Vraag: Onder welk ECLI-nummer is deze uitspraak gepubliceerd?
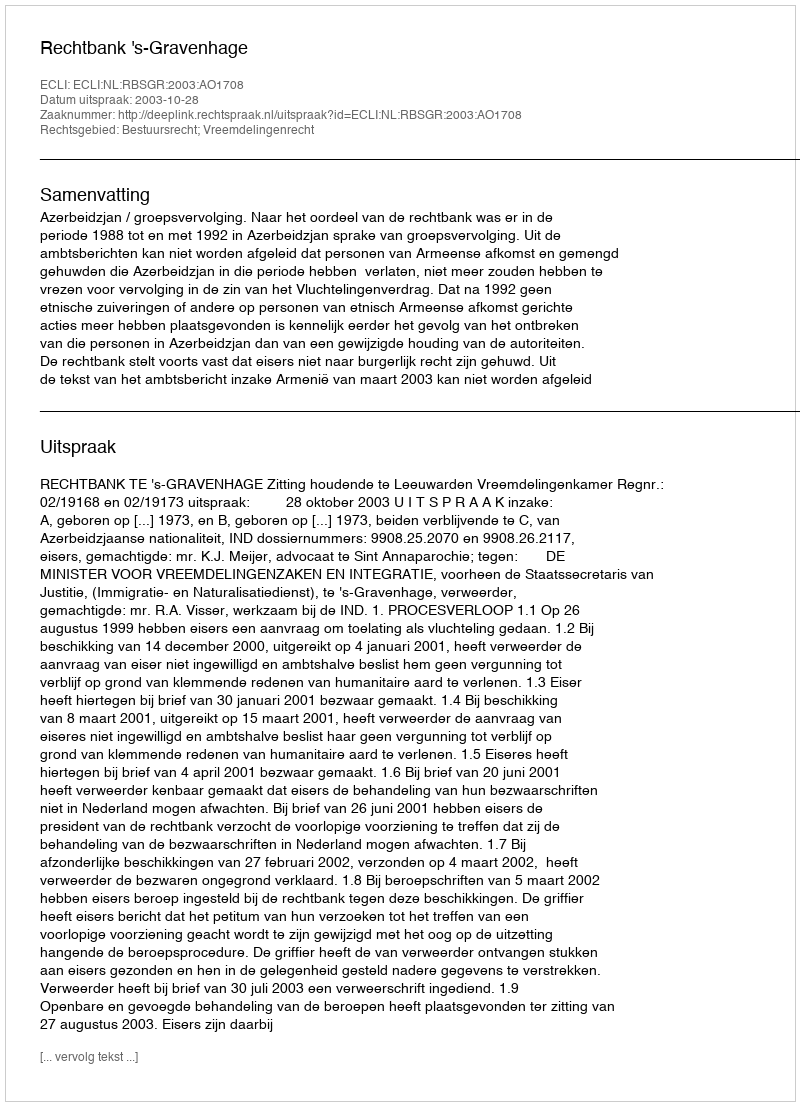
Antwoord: ECLI:NL:RBSGR:2003:AO1708